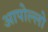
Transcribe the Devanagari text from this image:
आपोल्लो